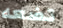
تضعه